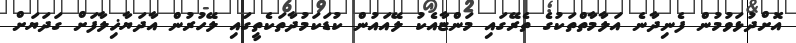
އޮށްދުޅަވުމުން ފެނިދާނެ އަލާމާތްތަކުގެ ތެރޭގައި މަންޏާއެކު ލޭއައުން ކުޑަކަމުދާތަކެތީގައި ލޭހުރުން އާދަޔާޚިލާފަށް ގަދަޔަށް